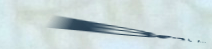
Best Prices